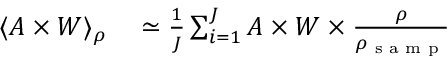
\begin{array} { r l } { \langle A \times W \rangle _ { \rho } } & { { } \simeq \frac { 1 } { J } \sum _ { i = 1 } ^ { J } A \times W \times \frac { \rho } { \rho _ { \textrm { s a m p } } } } \end{array}